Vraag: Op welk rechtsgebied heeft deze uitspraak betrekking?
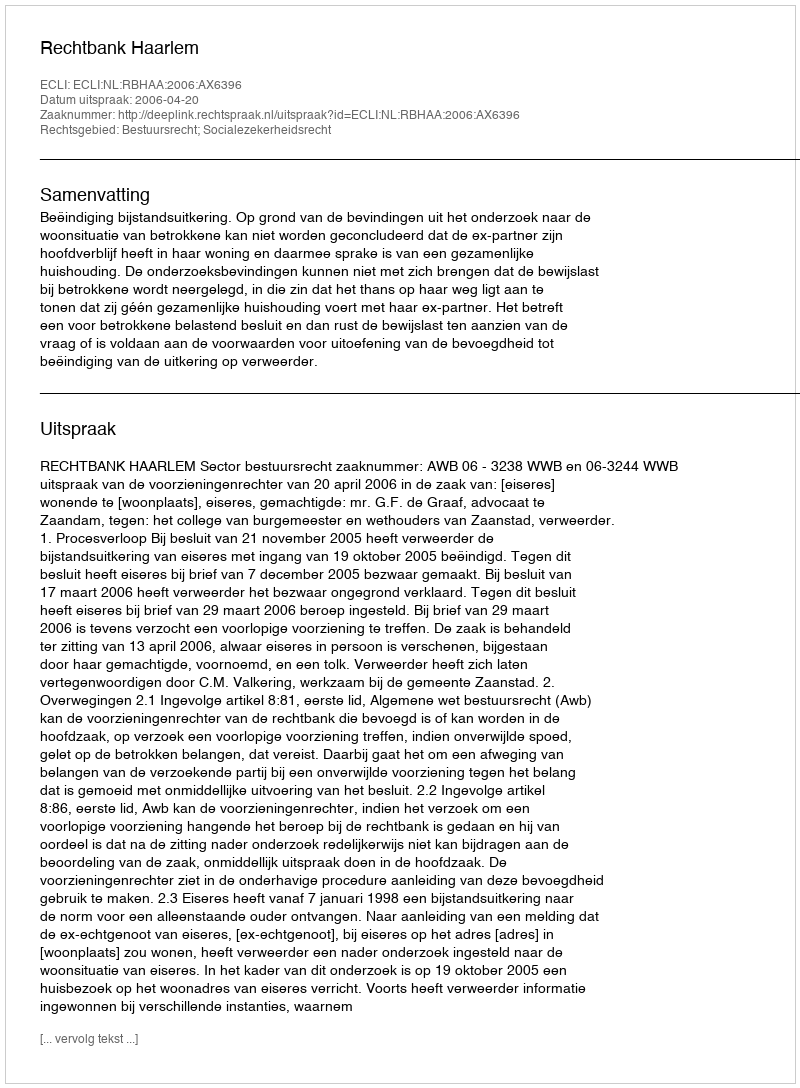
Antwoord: Bestuursrecht; Socialezekerheidsrecht